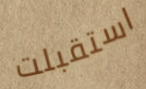
استقبلت